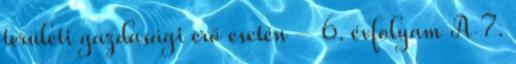
területi gazdasági erő esetén – 6. évfolyam A 7.